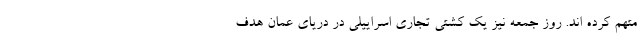
متهم کرده اند. روز جمعه نیز یک کشتی تجاری اسراییلی در دریای عمان هدف